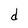
Character: d